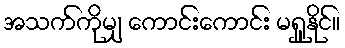
အသက်ကိုမျှ ကောင်းကောင်း မရှူနိုင်။